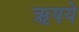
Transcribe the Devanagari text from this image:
ऋषये